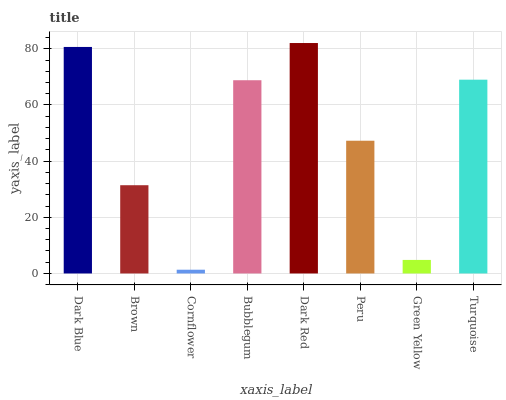
| xaxis_label | bars |
 | --- | --- |
 | Dark Blue | 80.6 |
 | Brown | 31.4 |
 | Cornflower | 1.34 |
 | Bubblegum | 68.8 |
 | Dark Red | 82 |
 | Peru | 47.3 |
 | Green Yellow | 4.82 |
 | Turquoise | 69 |